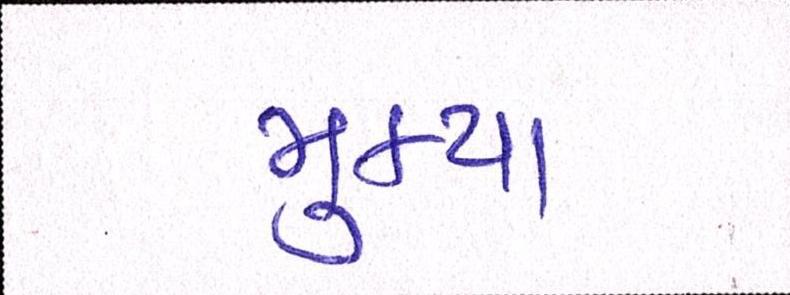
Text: મુક્યા